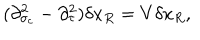
LaTeX: ( \partial _ { \sigma _ { c } } ^ { 2 } - \partial _ { \tau } ^ { 2 } ) \delta x _ { R } = V \delta x _ { R } ,